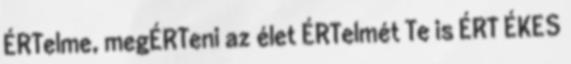
ÉRTelme, megÉRTeni az élet ÉRTelmét Te is ÉRT ÉKES